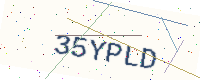
Text: 35YPLD